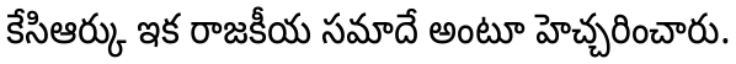
కేసిఆర్కు ఇక రాజకీయ సమాదే అంటూ హెచ్చరించారు.